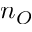
n _ { O }